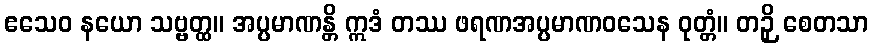
ဧသေဝ နယော သဗ္ဗတ္ထ။ အပ္ပမာဏန္တိ ဣဒံ တဿ ဖရဏအပ္ပမာဏဝသေန ဝုတ္တံ။ တဉှိ စေတသာ